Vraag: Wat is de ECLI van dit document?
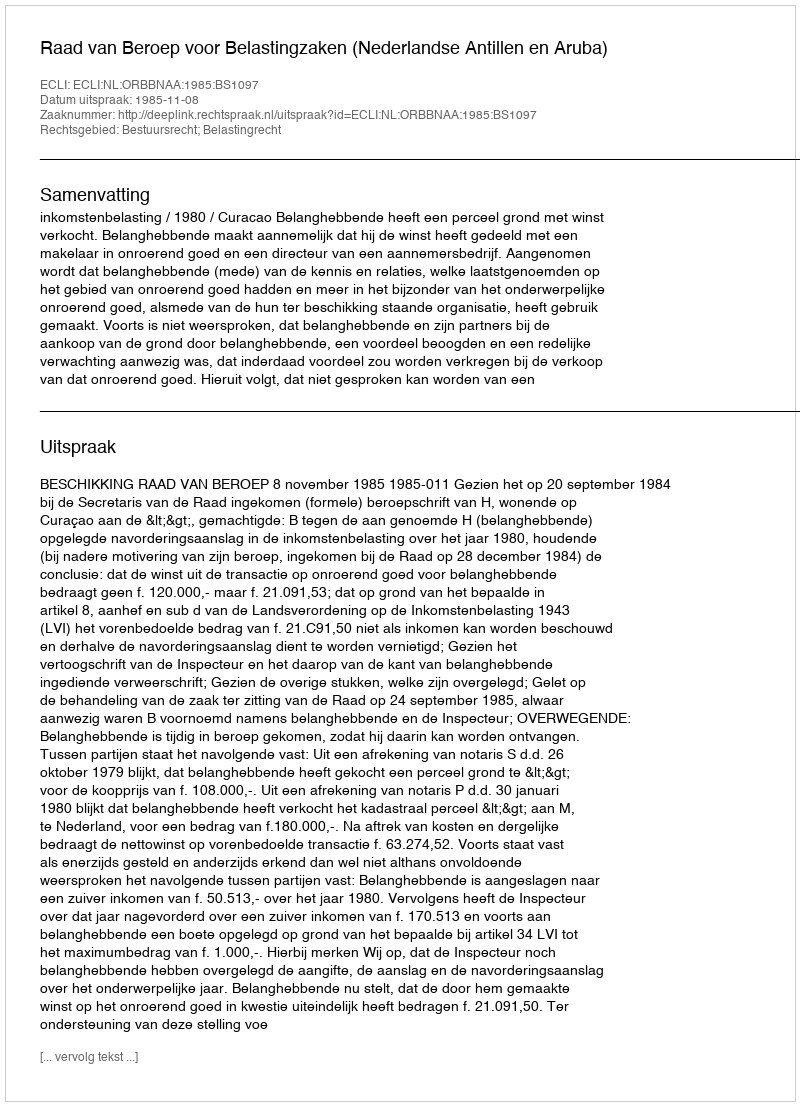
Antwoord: ECLI:NL:ORBBNAA:1985:BS1097